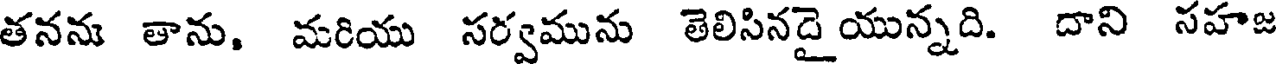
తనను తాను, మరియు సర్వమును తెలిసినదై యున్నది. దాని సహజ